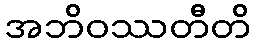
အဘိဝဿတီတိ